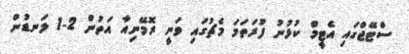
ސްޓޭޖްގައި އެޓީމް ކުޅުނު ފުރަތަމަ މެޗުގައި ވަނީ ރޮމޭނިއާ އަތުން 2-1 ލަނޑުން